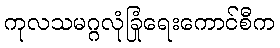
ကုလသမဂ္ဂလုံခြုံရေးကောင်စီက